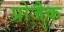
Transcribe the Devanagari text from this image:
प्रोजैक